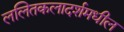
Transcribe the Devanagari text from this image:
ललितकलादर्शमधील